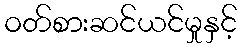
ဝတ်စားဆင်ယင်မှုနှင့်